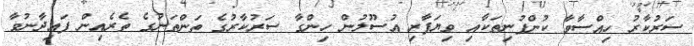
ސަރުކާރު ހިއްސާވާ ކުންފުނިތަކާއި ވިޔަފާރި އުސޫލުން ހިންގާ ސަރުކާރުގެ ތަންތަނުގެ ތެރެއިން ފައިދާނުވާ